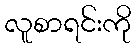
လူစာရင်းကို